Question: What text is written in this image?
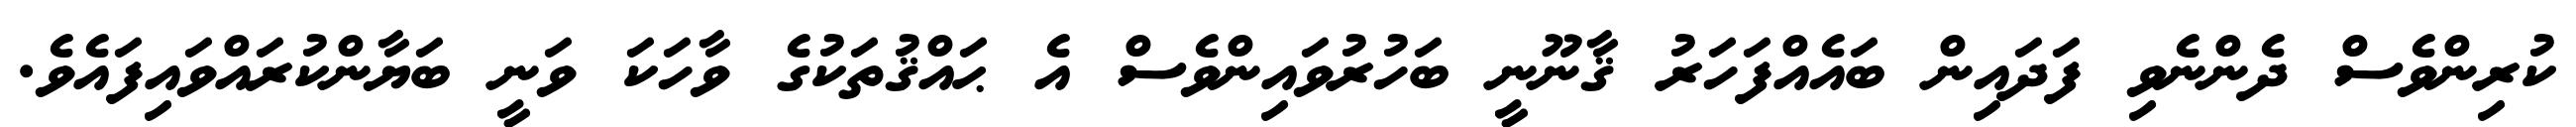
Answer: ކުރިންވެސް ދެންނެވި ފަދައިން ބައެއްފަހަރު ޤާނޫނީ ބަހުރުވައިންވެސް އެ ޙައްޤުތަކުގެ ވާހަކަ ވަނީ ބަޔާންކުރައްވައިފައެވެ.